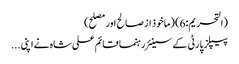
(التحریم:6) (ماخوذ از صالح اور مصلح)
پیپلز پارٹی کے سینئر رہنما قائم علی شاہ نے اپنی ...